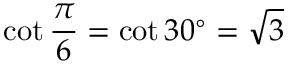
\cot { \frac { \pi } { 6 } } = \cot 3 0 ^ { \circ } = { \sqrt { 3 } }